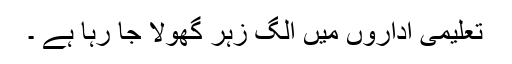
تعلیمی اداروں میں الگ زہر گھولا جا رہا ہے ۔